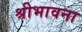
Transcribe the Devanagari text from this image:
श्रीभावना